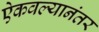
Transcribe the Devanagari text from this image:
ऐकवल्यानंतर